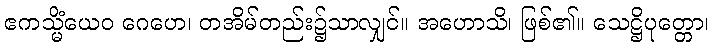
ဧကသ္မိံယေဝ ဂေဟေ၊ တအိမ်တည်း၌သာလျှင်။ အဟောသိ၊ ဖြစ်၏။ သေဋ္ဌိပုတ္တော၊